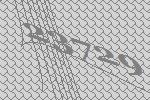
23729